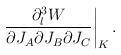
LaTeX: \begin{align*}\left.{\partial_l^3 W\over \partial J_A\partial J_B \partial J_C}\right|_K.\end{align*}